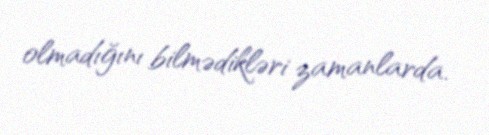
olmadığını bilmədikləri zamanlarda.